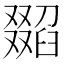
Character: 𦦖